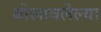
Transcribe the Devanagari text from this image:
बोलावलेल्या